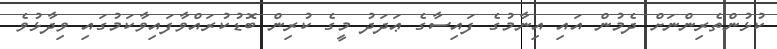
ކުޅުންތެރިންނަށް ދެމުން އައި އިނާމުގެ ފައިސާގެ ޢަދަދު މީގެ ކުރިން ބޮޑުކުރައްވާފައިވާކަމުގައި ވިދާޅުވެ